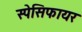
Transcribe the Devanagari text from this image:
स्पेसिफायर